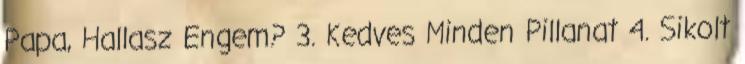
Papa, Hallasz Engem? 3. Kedves Minden Pillanat 4. Sikolt